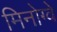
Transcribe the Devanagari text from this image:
मिनोग्वे